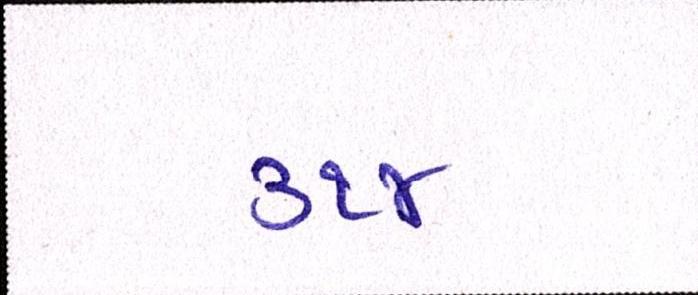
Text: ૩૧૪